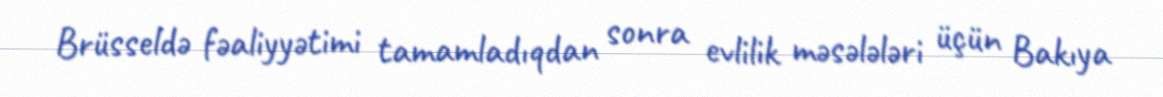
Brüsseldə fəaliyyətimi tamamladıqdan sonra evlilik məsələləri üçün Bakıya